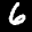
Label: 6